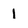
Character: 1